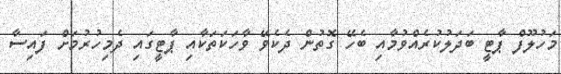
މަހުލޫފް ޕާޓީ ބަދަލުކުރެއްވުމާއި ބެހޭ ގޮތުން ދެކެވޭ ވާހަކަތަކާއި ޕާޓީގައި ދެމިހުރުމަށް ފައިސާ